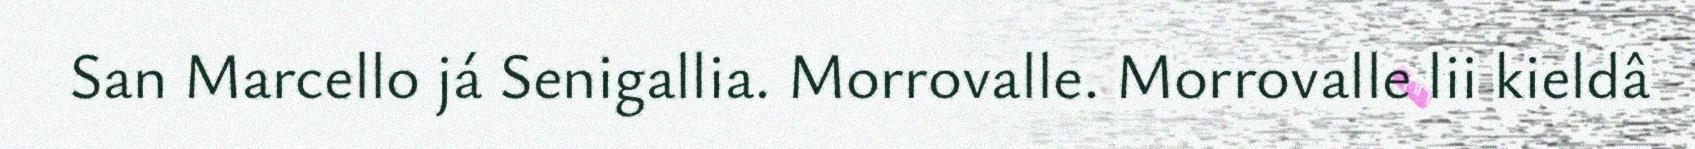
San Marcello já Senigallia. Morrovalle. Morrovalle lii kieldâ